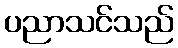
ပညာသင်သည်